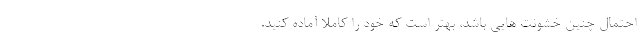
احتمال چنین خشونت هایی باشد، بهتر است که خود را کاملا آماده کنید.